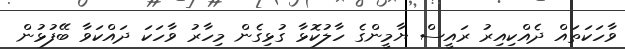
ވާހަކަތައް ދެއްކިއިރު ރައީސް ޔާމީންގެ ހާލުކޮޅާ ގުޅިގެން މިހާރު ވާހަކަ ދައްކަވާ ބޭފުޅުން